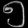
Digit: ၅